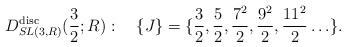
\begin{align*}D^{\rm disc}_{SL(3,R)}({3\over 2};R):\quad\{J\}=\{{3\over 2},{5\over 2},{7^2\over 2},{9^2\over 2},{11^2\over 2}\ldots\}.\end{align*}